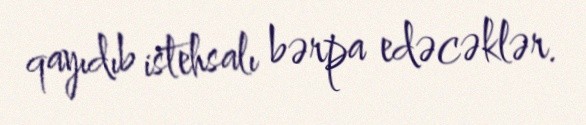
qayıdıb istehsalı bərpa edəcəklər.